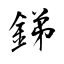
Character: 銻